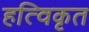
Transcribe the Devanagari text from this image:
हत्विकृत